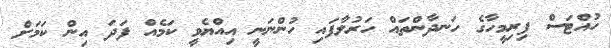
ހުއްޓަސް ފިރިމީހާގެ ހަނދާންތައް ހަރުލާފައި ހުންނަނީ އިއްޔެވީ ކަމެއް ފަދަ އިން ކަމަށް